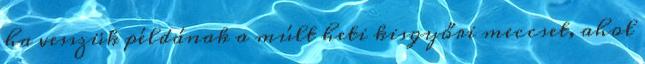
ha vesszük példának a múlt heti kisgyőri meccset, ahol